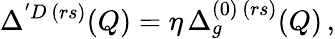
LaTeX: \Delta^{'D\, (rs)}(Q)=\eta\, \Delta_{g}^{(0)\, (rs)}(Q)\, ,